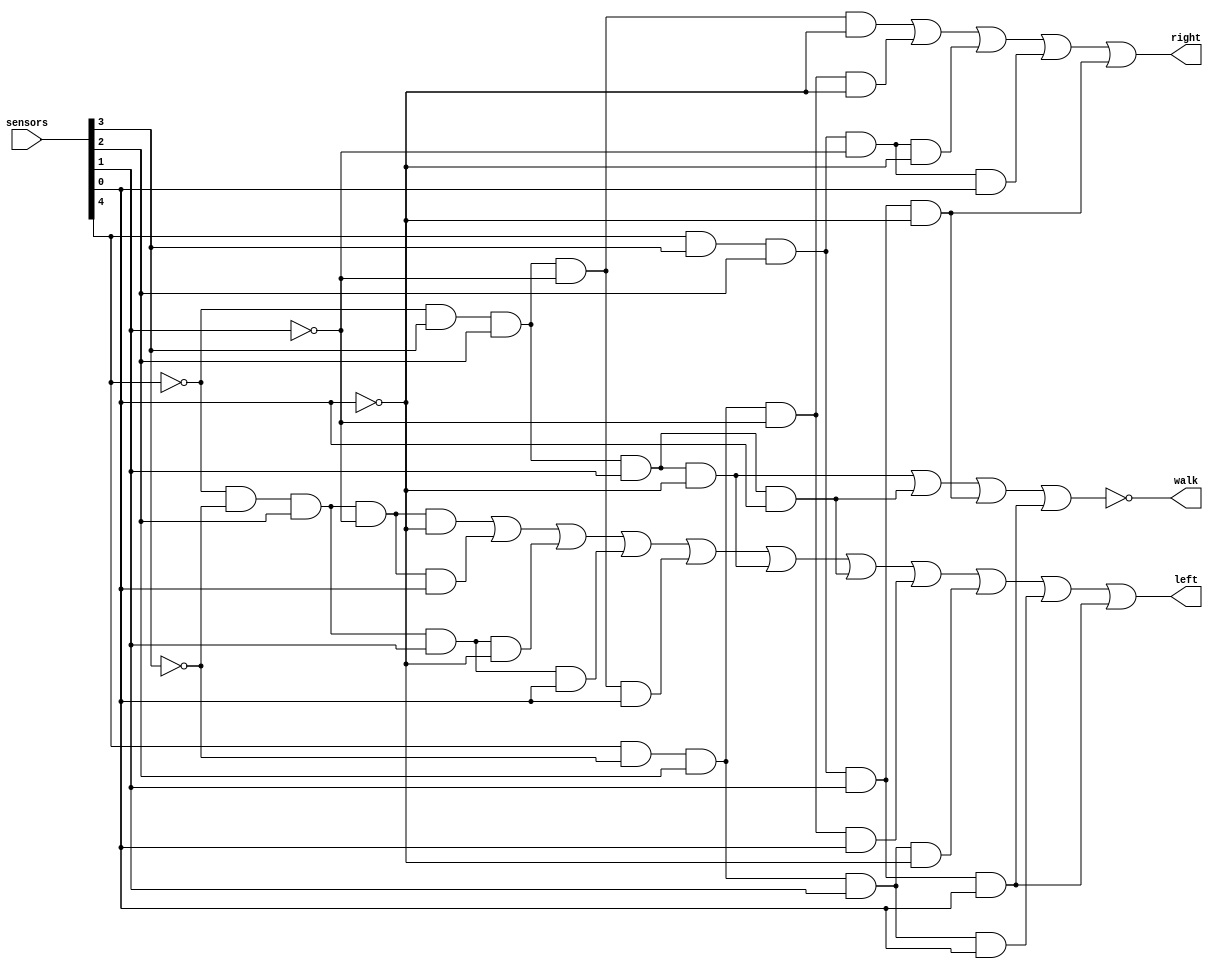
module steering(left, right, walk, sensors);
   	output left, right, walk;
   	input [4:0]sensors;
   	wire w1,w2,w3,w4,w5,l1,l2,l3,l4,l5,l6,l7,l8,l9,l10,l11,r1,r2,r3,r4,r5,not_4,not_0,not_1,not_2,not_3;
	
	//for walk
	not n4(not_4, sensors[4]);
	not n0(not_0, sensors[0]);
	and a1(w1, not_4,sensors[3], sensors[2], sensors[1], not_0); //for walk
	and a2(w2, not_4,sensors[3], sensors[2], sensors[1], sensors[0]); //for walk
	and a3(w3, sensors[4],sensors[3], sensors[2], sensors[1], not_0); //for walk  
	and a4(w4, sensors[4],sensors[3], sensors[2], sensors[1], sensors[0]); //for walk
	or o1(w5,w1,w2,w3,w4); //add all the terms together and then reverse it
	not n5(walk,w5); //reverse to get the right output
	
	
	//for left
	not n1(not_1,sensors[1]);
	not n3(not_3,sensors[3]);
	and a5(l1,not_4,not_3,sensors[2],not_1,not_0);
	and a6(l2,not_4,not_3,sensors[2],not_1,sensors[0]);
	and a7(l3,not_4,not_3,sensors[2],sensors[1],not_0);
	and a8(l4,not_4,not_3,sensors[2],sensors[1],sensors[0]);
	and a9(l5,not_4,sensors[3],sensors[2],not_1,sensors[0]);
	and a10(l6,not_4,sensors[3],sensors[2],sensors[1],not_0);
	and a11(l7,not_4,sensors[3],sensors[2],sensors[1],sensors[0]);
	and a12(l8,sensors[4],not_3,sensors[2],not_1,sensors[0]);
	and a13(l9,sensors[4],not_3,sensors[2],sensors[1],not_0);
	and a14(l10,sensors[4],not_3,sensors[2],sensors[1],sensors[0]);
	and a15(l11,sensors[4],sensors[3],sensors[2],sensors[1],sensors[0]);
	or  o2(left,l1,l2,l3,l4,l5,l6,l7,l8,l9,l10,l11);


	//for right
	and a16(r1,not_4,sensors[3],sensors[2],not_1,not_0);
	and a17(r2,sensors[4],not_3,sensors[2],not_1,not_0);
	and a18(r3,sensors[4],sensors[3],sensors[2],not_1,not_0);
	and a19(r4,sensors[4],sensors[3],sensors[2],not_1,sensors[0]);
	and a20(r5,sensors[4],sensors[3],sensors[2],sensors[1],not_0);
	or o3(right,r1,r2,r3,r4,r5);

endmodule // steering